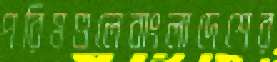
পরিমণ্ডলেবাংলাদেশের